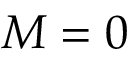
M = 0